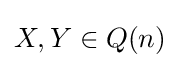
X,Y\in Q(n)